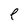
Character: e